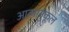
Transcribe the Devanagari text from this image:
आत्मानुकूल